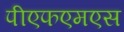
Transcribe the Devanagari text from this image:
पीएफएमएस